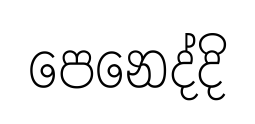
පෙනෙද්දි